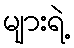
များရဲ့